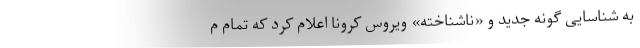
به شناسایی گونه جدید و «ناشناخته» ویروس کرونا اعلام کرد که تمام م